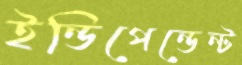
ইন্ডিপেন্ডেন্ট